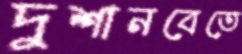
দুশানবেতে